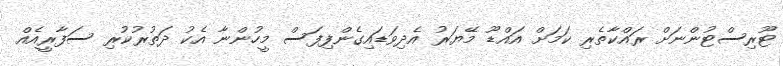
ޓޫރިސްޓުންނަށް ރައްކާތެރި ކަމަށް އައްޑޫ މޭޔަރު އެދިވަޑައިގެންފިފަސް މީހުންނާ އެކު ދަތުރުކުރި ސަފާރީއެއް